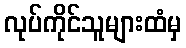
လုပ်ကိုင်သူများထံမှ